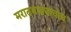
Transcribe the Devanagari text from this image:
मराठवाड्याचाच